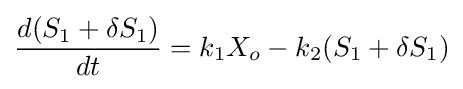
{\frac {d(S_{1}+\delta S_{1})}{dt}}=k_{1}X_{o}-k_{2}(S_{1}+\delta S_{1})